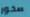
صخور